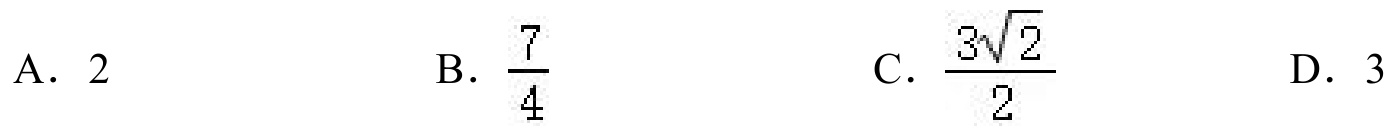
A. \(2\)
B. \(\frac{7}{4}\)
C. \(\frac{3\sqrt{2}}{2}\)
D. \(3\)